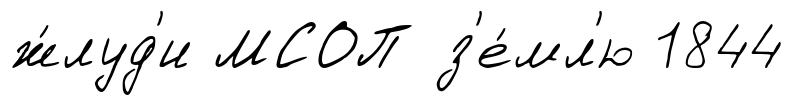
ж́луд'и МСОП з'е́мл'ю 1844